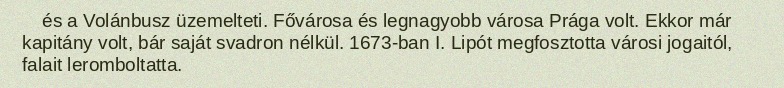
és a Volánbusz üzemelteti. Fővárosa és legnagyobb városa Prága volt. Ekkor már kapitány volt, bár saját svadron nélkül. 1673-ban I. Lipót megfosztotta városi jogaitól, falait leromboltatta.